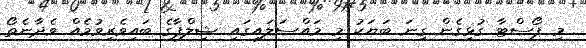
މި ޕޯސްޓާ ގުޅިގެން ގިނަ ބަޔަކު މި މައްސަލައިގައި ޝިލްޕާގެ ބައިވެރިވުމެއް ވެދާނެތޯ